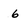
Character: 6